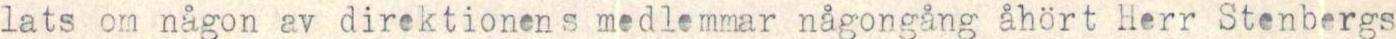
lats om någon av direktionens medlemmar någongång åhort Herr Stenbergs